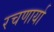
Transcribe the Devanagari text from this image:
रचणार्या